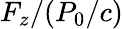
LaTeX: F_{z}/(P_{0}/c)